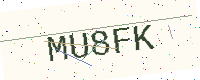
Text: MU8FK